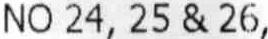
NO 24, 25 & 26,